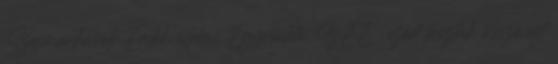
Szexmunkások Érdekvédelmi Egyesülete SzÉE , ezért hozták össze ezt